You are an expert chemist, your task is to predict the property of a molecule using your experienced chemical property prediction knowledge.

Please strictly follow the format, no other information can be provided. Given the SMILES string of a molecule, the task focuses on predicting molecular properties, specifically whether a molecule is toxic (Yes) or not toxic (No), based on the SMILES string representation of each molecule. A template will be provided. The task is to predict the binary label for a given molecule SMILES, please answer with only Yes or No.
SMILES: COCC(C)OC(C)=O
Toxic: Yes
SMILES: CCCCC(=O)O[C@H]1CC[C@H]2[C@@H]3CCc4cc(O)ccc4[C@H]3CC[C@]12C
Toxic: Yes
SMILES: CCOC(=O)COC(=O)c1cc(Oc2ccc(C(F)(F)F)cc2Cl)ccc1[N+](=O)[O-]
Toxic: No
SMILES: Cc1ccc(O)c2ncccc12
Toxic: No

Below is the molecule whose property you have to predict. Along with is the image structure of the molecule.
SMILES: CCC[N+](CCC)(CCC)CCC
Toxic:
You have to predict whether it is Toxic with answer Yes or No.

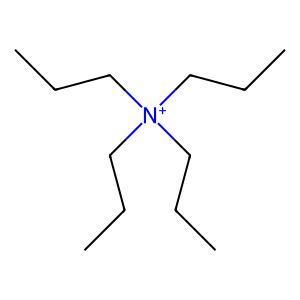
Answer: No